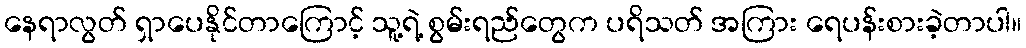
နေရာလွတ် ရှာပေနိုင်တာကြောင့် သူ့ရဲ့ စွမ်းရည်တွေက ပရိသတ် အကြား ရေပန်းစားခဲ့တာပါ။